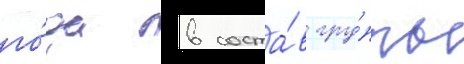
го́да в соста́в гру́ппы